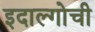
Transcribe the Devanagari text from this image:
इदाल्गोची